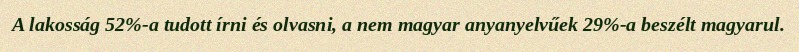
A lakosság 52%-a tudott írni és olvasni, a nem magyar anyanyelvűek 29%-a beszélt magyarul.